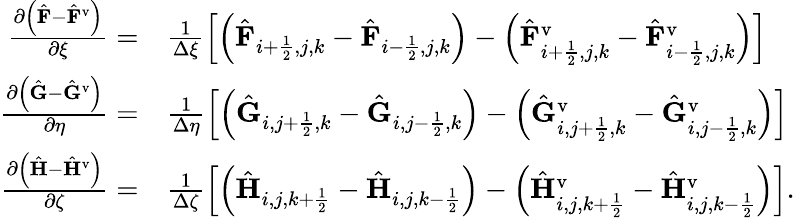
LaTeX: \begin{array}{rl}{\frac{\partial\left(\hat{\mathbf{F}}-\hat{\mathbf{F}}^{\mathrm{v}}\right)}{\partial\xi}=}&{{}\frac{1}{\Delta\xi}\left[\left(\hat{\mathbf{F}}_{i+\frac{1}{2},j,k}-\hat{\mathbf{F}}_{i-\frac{1}{2},j,k}\right)-\left(\hat{\mathbf{F}}_{i+\frac{1}{2},j,k}^{\mathrm{v}}-\hat{\mathbf{F}}_{i-\frac{1}{2},j,k}^{\mathrm{v}}\right)\right]}\\ {\frac{\partial\left(\hat{\mathbf{G}}-\hat{\mathbf{G}}^{\mathrm{v}}\right)}{\partial\eta}=}&{{}\frac{1}{\Delta\eta}\left[\left(\hat{\mathbf{G}}_{i,j+\frac{1}{2},k}-\hat{\mathbf{G}}_{i,j-\frac{1}{2},k}\right)-\left(\hat{\mathbf{G}}_{i,j+\frac{1}{2},k}^{\mathrm{v}}-\hat{\mathbf{G}}_{i,j-\frac{1}{2},k}^{\mathrm{v}}\right)\right]}\\ {\frac{\partial\left(\hat{\mathbf{H}}-\hat{\mathbf{H}}^{\mathrm{v}}\right)}{\partial\zeta}=}&{{}\frac{1}{\Delta\zeta}\left[\left(\hat{\mathbf{H}}_{i,j,k+\frac{1}{2}}-\hat{\mathbf{H}}_{i,j,k-\frac{1}{2}}\right)-\left(\hat{\mathbf{H}}_{i,j,k+\frac{1}{2}}^{\mathrm{v}}-\hat{\mathbf{H}}_{i,j,k-\frac{1}{2}}^{\mathrm{v}}\right)\right].}\end{array}